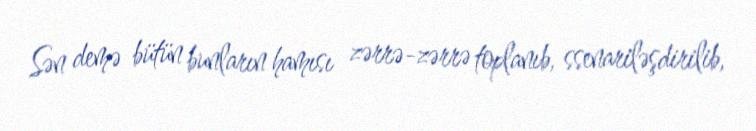
Sən demə bütün bunların hamısı zərrə-zərrə toplanıb, ssenariləşdirilib,